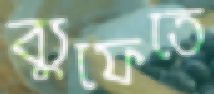
ব্যুফেতে